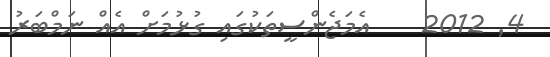
4